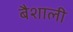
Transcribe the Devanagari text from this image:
बैशाली